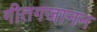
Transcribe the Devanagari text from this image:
गीतगजानन